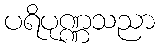
ပရိပုဏ္ဏသညာ